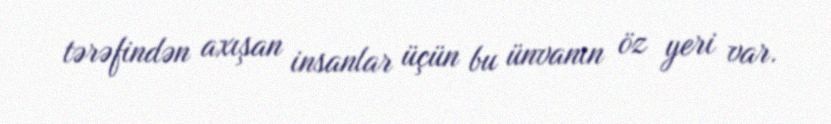
tərəfindən axışan insanlar üçün bu ünvanın öz yeri var.